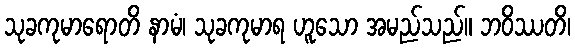
သုခကုမာရောတိ နာမံ၊ သုခကုမာရ ဟူသော အမည်သည်။ ဘဝိဿတိ၊